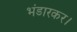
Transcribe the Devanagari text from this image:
भंडारकर।